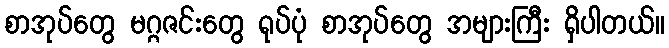
စာအုပ်တွေ မဂ္ဂဇင်းတွေ ရုပ်ပုံ စာအုပ်တွေ အများကြီး ရှိပါတယ်။